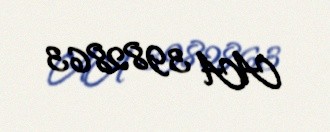
AA 3982863